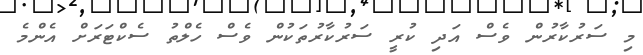
މި ސަރުކާރުން ވެސް އަދި ކުރީ ސަރުކާރުތަކުން ވެސް ހެލްތު ސެކްޓަރަށް އެންމެ